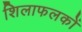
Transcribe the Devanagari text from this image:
शिलाफलकों